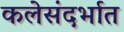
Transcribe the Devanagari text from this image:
कलेसंदर्भात